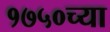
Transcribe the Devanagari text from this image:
१७५०च्या